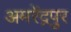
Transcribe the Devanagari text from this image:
अमरेंद्रपुर